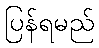
ပြန်ရမည်